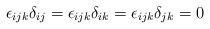
LaTeX: \begin{align*}\epsilon_{ijk}\delta_{ij}=\epsilon_{ijk}\delta_{ik}=\epsilon_{ijk}\delta_{jk}=0\end{align*}